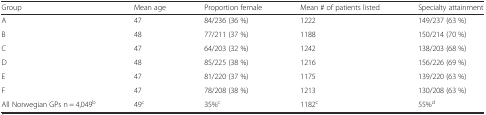
| Group | Mean age | Proportion female | Mean # of patients listed | Specialty attainment |
 | --- | --- | --- | --- | --- |
 | A | 47 | 84/236 (36 %) | 1222 | 149/237 (63 %) |
 | B | 48 | 77/211 (37 %) | 1188 | 150/214 (70 %) |
 | C | 47 | 64/203 (32 %) | 1242 | 138/203 (68 %) |
 | D | 48 | 85/225 (38 %) | 1216 | 156/226 (69 %) |
 | E | 47 | 81/220 (37 %) | 1175 | 139/220 (63 %) |
 | F | 47 | 78/208 (38 %) | 1213 | 130/208 (63 %) |
 | All Norwegian GPs n = 4,049b | 49c | 35%c | 1182c | 55%d |